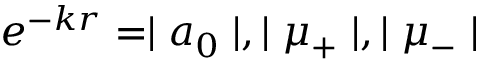
e ^ { - k r } = \mid a _ { 0 } \mid , \mid \mu _ { + } \mid , \mid \mu _ { - } \mid